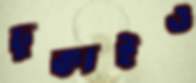
ঢুকাইও